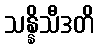
သန္နိသီဒတိ